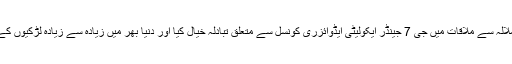
اپنے ٹوئٹر پیغام میں جسٹن ٹروڈو نے کہا ملالہ سے ملاقات میں جی 7 جینڈر ایکولیٹی ایڈوائزری کونسل سے متعلق تبادلہ خیال کیا اور دنیا بھر میں زیادہ سے زیادہ لڑکیوں کے اسکول جانے کیلئے کوششوں پر اتفاق ہوا۔